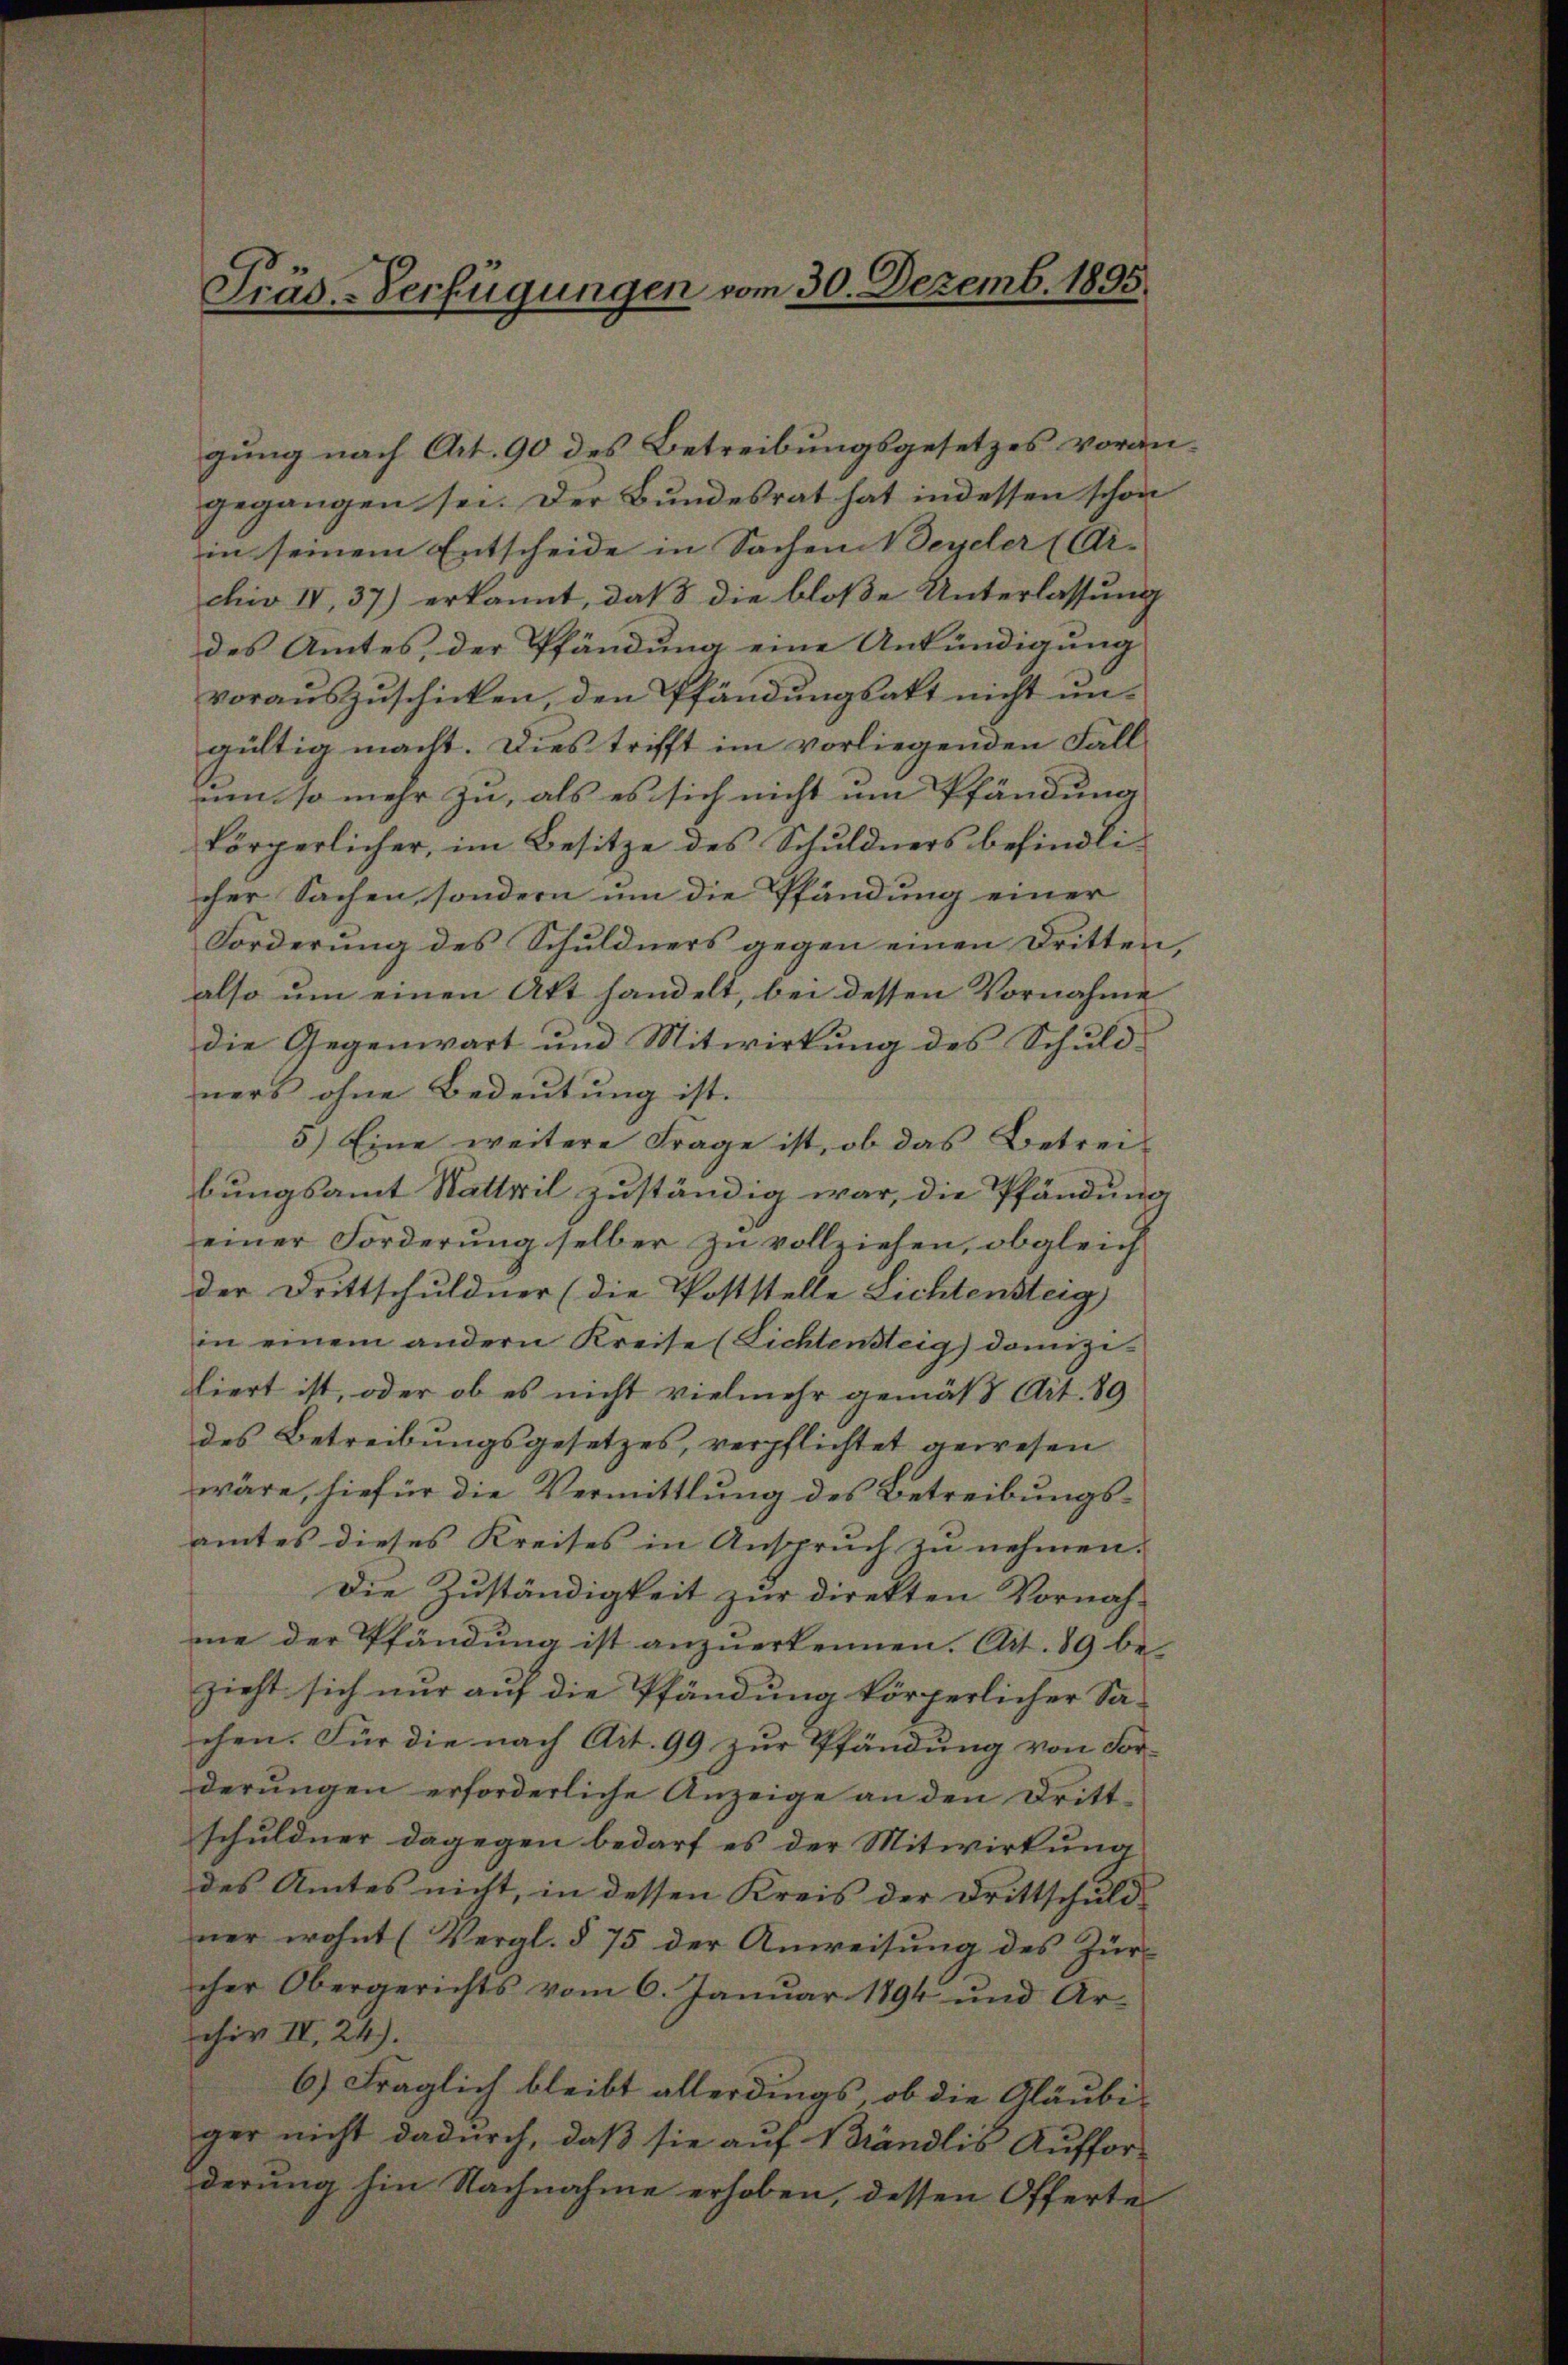
Präd-Verfügungen vom 30. Dezemb. 1895.

gung nach Art. 90 des Betreibungsgesetzes vorangegangen sei. Der Bundesrat hat indessen schon
in seinem Entscheide in Sachen Weyeler (Ar-
chiv IV, 37) erkannt, daß die bloße Unterlassung
des Amtes, der Pfändung eine Ankündigung
vorauszuschicken, den Pfändungsakt nicht ungültig macht. Dies trifft im vorliegenden Fall
um so mehr zu, als es sich nicht um Pfändung
körperlicher, im Besitze des Schuldners befindlicher Sachen, sondern um die Pfändung einer
Forderung des Schuldners gegen einen Dritten,
also um einen Akt handelt, bei dessen Vornahme
die Gegenwart und Mitwirkung des Schuld-
ners ohne Bedeutung ist.
5) Eine weitere Frage ist, ob das Betrei-
bungsamt Stattril zuständig war, die Pfändung
einer Forderung selber zu vollziehen, obgleich
der Drittschuldner (die Poststelle Lichtensteig
in einem andern Kreise (Lichtensteig) domizi-
liert ist, oder ob es nicht vielmehr gemäß Art. 89
des Betreibungsgesetzes, verpflichtet gewesen
wäre, hiefür die Vermittlung des Betreibungsamtes dieses Kreises in Anspruch zu nehmen.
Die Zuständigkeit zur direkten Vornah-
me der Pfändung ist anzuerkennen. Art. 89 be-
zieht sich nur auf die Pfändung körperlicher Sa-
ehen. Für die nach Art. 99 zur Pfändung von For-
derungen erforderliche Anzeige an den Drittschuldner dagegen bedarf es der Mitwirkung
des Amtes nicht, in dessen Kreis der Drittschuld-
ner wohnt (Vergl. § 75 der Anweisung des Zürcher Obergerichts vom 6. Januar 1894 und Ar-
chir IV 24).
6) Fraglich bleibt allerdings, ob die Gläubi-
ger nicht dadurch, daß sie auf 1 Bändlis Auffor-
derung hin Nachnahme erhoben, dessen Offerte